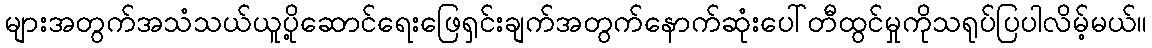
များအတွက်အသံသယ်ယူပို့ဆောင်ရေးဖြေရှင်းချက်အတွက်နောက်ဆုံးပေါ်တီထွင်မှုကိုသရုပ်ပြပါလိမ့်မယ်။